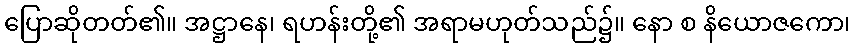
ပြောဆိုတတ်၏။ အဋ္ဌာနေ၊ ရဟန်းတို့၏ အရာမဟုတ်သည်၌။ နော စ နိယောဇကော၊